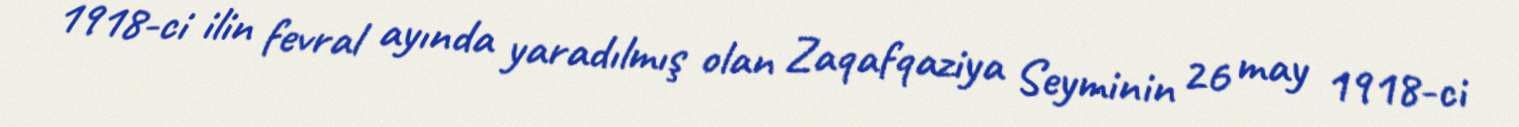
1918-ci ilin fevral ayında yaradılmış olan Zaqafqaziya Seyminin 26 may 1918-ci